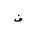
Letter: _fa